Civil Veterinary Department. United Provinces 1923-31 - 1923-1931
Year: 1923
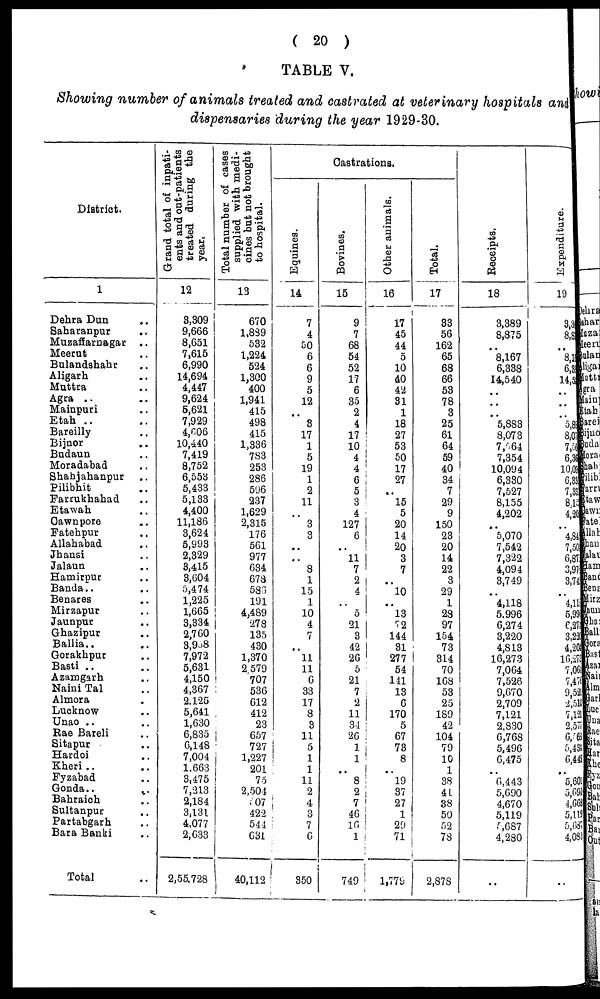
(20)
TABLE V.
Showing number of animals treated and castrated at veterinary hospitals and
dispensaries during the year 1929-30.
District.
1
Dehra Dun ...
Saharanpur ..
Muzaffarnagar
..
Meerut ..
Bulandshahr ..
Aligarh ..
Muttra ..
Agra .. ..
Mainpuri ..
Etah .. ..
Bareilly ..
Bijnor ..
Budaun ..
Moradabad ..
Shahjahanpur ..
Pilibhit ..
Farrukhahad ..
Etawah ..
Cawnpore ..
Fatehpur ..
Allahabad
Jhansi ..
Jalaun ..
Hamirpur ..
Banda .. ..
Benares
Mirzapur ..
Jaunpnr ..
Ghazipur ..
Ballia.. ..
Gorakhpur ..
Basti .. ..
Azamgarh ..
Naini Tal ..
Almora ..
Lucknow ..
Unao .. ..
Rae Bareli ..
Sitapur ..
Hardoi ..
Kheri .. ..
Fyzabad ..
Gonda..
...
Bahraich ..
Sultanpur ..
Partabgarh ..
Bara Banki ..
Total ..
Grand total of inpati-
ents and out-patients
treated during the
year.
12
3,309
9,666
8,651
7,615
6,990
14,694
4,447
9,624
5,621
7,929
4,r,06
10,440
7,419
8,752
6,553
5,433
5,133
4,400
11,186
3,624
5,993
2,329
3,415
3,604
5,474
1,225
1,665
3,334
2,760
3,958
7,972
5,631
4,150
4,367
2,125
5,641
1,630
6,835
6,148
7,004
1.663
3,475
7,213
2,184
3,131
4,077
2,633
2,55.728
Total number of cases
supplied with medi-
cines but not brought
to hospital.
13
670
1,889
532
1,224
524
1,300
400
1,941
415
498
415
1,336
783
253
286
596
237
1,629
2,315
176
561
977
634
678
586
191
4,489
278
135
430
1,370
2 579
707
536
612
412
23
657
727
1,227
201
75
2,504
607
422
544
631
40,112
Castrations.
Equines.
14
7
4
60
6
6
9
5
12
..
3
17
1
5
19
1
2
11
..
3
3
..
..
8
1
15
1
10
4
7
..
11
11
6
33
17
8
3
11
5
1
1
11
2
4
3
7
6
350
Bovines.
15
9
7
68
54
52
17
6
35
2
4
17
10
4
4
6
5
3
4
127
6
..
11
7
2
4
..
5
21
3
42
26
5
21
7
2
11
34
26
1
1
..
8
2
7
46
16
1
749
Other animals.
16
17
45
44
5
10
40
42
31
1
18
27
53
50
17
27
..
15
5
20
14
20
3
7
..
10
..
13
72
144
31
277
54
141
13
6
170
5
67
73
8
..
"l9
37
27
1
29
71
1,779
Total.
17
33
56
162
65
68
66
53
78
3
25
61
64
59
40
34
7
29
9
150
23
20
14
22
3
29
1
23
97
154
73
314
70
168
53
25
189
42
104
79
10
1
38
41
38
50
52
78
2,878
Recei pt s .
18
3,389
8,875
..
8,167
6,338
14,540
..
..
..
5,883
8,073
7,064
7,354
10,094
6,330
7,527
8,155
4,202
..
5,070
7,542
7,322
4,094
3,749
..
4,118
5.996
6,274
3,220
4,813
16,273
7,064
7,526
9,670
2,709
7,121
2,830
6,768
5,496
6,475
..
6,443
5,690
4,670
5,119
5,687
4,280
..
Expenditu
19
3,3
8,8
..
81
63
14,5
..
..
..
5,85
8,01
7,50
6,35
10,09!
6,33
7,33
8.1s
4,26
..
4,84
7,50
6,87
3,97
3,74
..
4,11
5,99
e,27
3,22
4,20
16,27
7,06
7,47
9,521
2,51!
7,121
2,577
6,563
5,43!
6,448
..
5,601
5,691
4,668
5,119
5,687
4,083
..